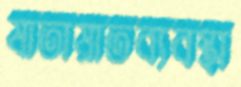
যাতায়াতব্যবস্থা